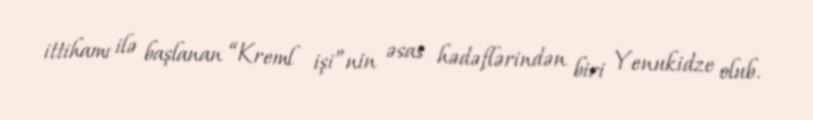
ittihamı ilə başlanan “Kreml işi”nin əsas hədəflərindən biri Yenukidze olub.